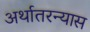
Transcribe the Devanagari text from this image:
अर्थातरन्यास